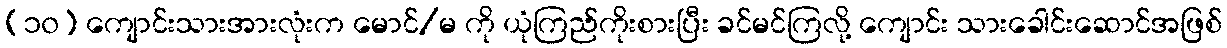
(၁၀) ကျောင်းသားအားလုံးက မောင်/မ ကို ယုံကြည်ကိုးစားပြီး ခင်မင်ကြလို့ ကျောင်း သားခေါင်းဆောင်အဖြစ်